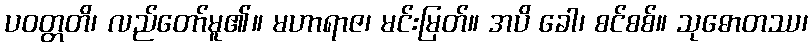
ပဝတ္တတိ၊ လည်တော်မူ၏။ မဟာရာဇ၊ မင်းမြတ်။ အပိ ခေါ၊ စင်စစ်။ သုဓောတဿ၊